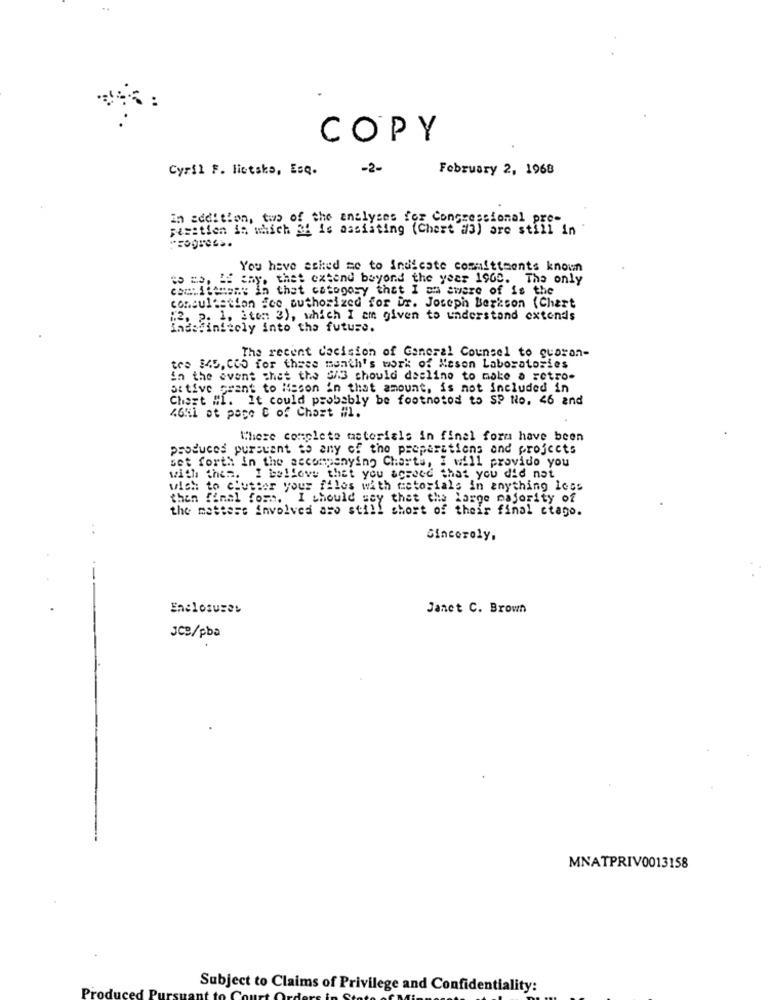
COPY
Cyril F. liotska, Esq.
-2-
February 2, 1968
In addition, two of the analyses for Congressional pro-
pisstien in which &4 is assisting (Chest #3) are still in
Progress.
You have asked me to indicate committeents known
to me, If any, thet extend beyond the year 1900. The only
committment in thet catogosy that I am aware of is the
consultation fce authorized for ur. Joseph Berkson (Chart
"2, 2. 1, 2ton 3), which I am given to understand extends
indefinitely into the future.
The recent decision of General Counsel to guaran-
tre 345, CCO for these month's work of Keson Laboratories
in the event that the 5/3 should daslino to make a retro-
attive grant to Msson in that amount, is not included in
Chart #1. It could probably be footnotod to SP No. 46 and
4641 ot page C of Chazt #1.
Where complete materials in final form have been
produces pursuant to any of the preparations and projects
set forth in the accompanying Charts, I will provide you
with them. I believe that you screed that you did not
wish to clutter your files with metorials in anything less
then final form. I should say that the large majority of
the mettere involved aso still short of their final ctago.
:
Sincerely,
Enclosures
Janet C. Brown
JCB/pba
MNATPRIV0013158
Pi
Subject to Claims of Privilege and Confidentiality: